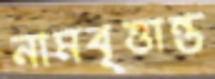
নামবৃত্তান্ত